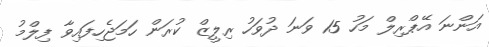
އަންނަ އޭޕްރިލް މަހު 15 ވަނަ ދުވަހު ރިލީޒް ކުރަން ހަމަޖެހިފައިވާ ފިލްމު